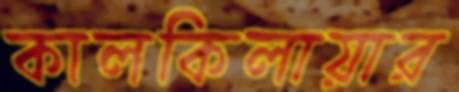
কালকিলায়ার